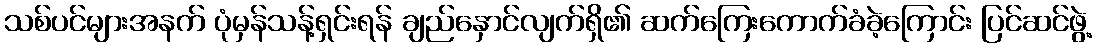
သစ်ပင်များအနက် ပုံမှန်သန့်ရှင်းရန် ချည်နှောင်လျက်ရှိ၏ ဆက်ကြေးကောက်ခံခဲ့ကြောင်း ပြင်ဆင်ဖွဲ့